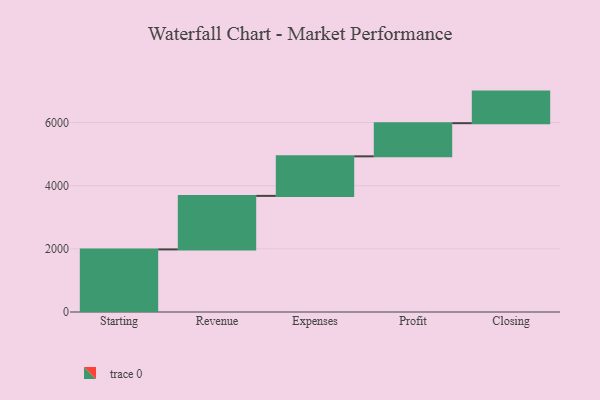
{"axis": {"x": "Step", "y": "Value"}, "legend": [""], "data": [{"x": "Starting", "y": 1982.0, "type": ""}, {"x": "Revenue", "y": 1695.0, "type": ""}, {"x": "Expenses", "y": 1252.0, "type": ""}, {"x": "Profit", "y": 1050.0, "type": ""}, {"x": "Closing", "y": 1000, "type": ""}]}